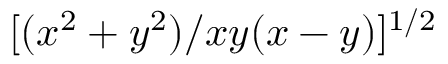
[ ( x ^ { 2 } + y ^ { 2 } ) / x y ( x - y ) ] ^ { 1 / 2 }